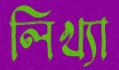
লিখ্যা